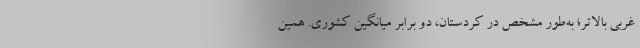
غربي بالاتر؛ به‌طور مشخص در كردستان، دو برابر ميانگين كشوري. همين